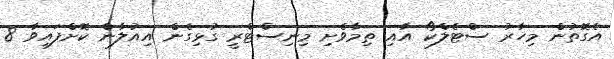
އެގޮތުން މިހާރު ސްޓެލްކޯ އާއި ތިމާވެށި މިނިސްޓްރީ ގުޅިގެން އިއުލާން ކޮށްފައިވާ 8